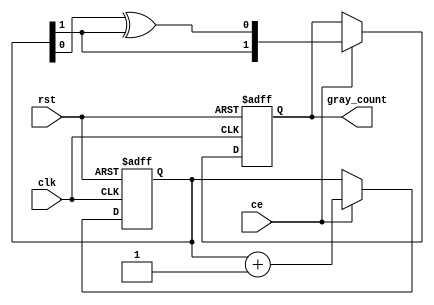
module asfifo_graycounter #(
	parameter width = 2
) (
	output reg [width-1:0] gray_count,
	input ce,
	input rst,
	input clk
);

reg [width-1:0] binary_count;

always @(posedge clk, posedge rst) begin
	if(rst) begin
		binary_count <= {width{1'b0}} + 1;
		gray_count <= {width{1'b0}};
	end else if(ce) begin
		binary_count <= binary_count + 1;
		gray_count <= {binary_count[width-1],
				binary_count[width-2:0] ^ binary_count[width-1:1]};
	end
end

endmodule